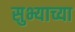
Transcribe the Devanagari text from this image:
सुभ्याच्या